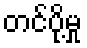
တင်ပို့မှု